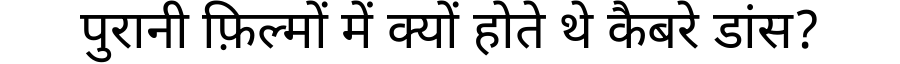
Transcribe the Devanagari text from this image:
पुरानी फ़िल्मों में क्यों होते थे कैबरे डांस?